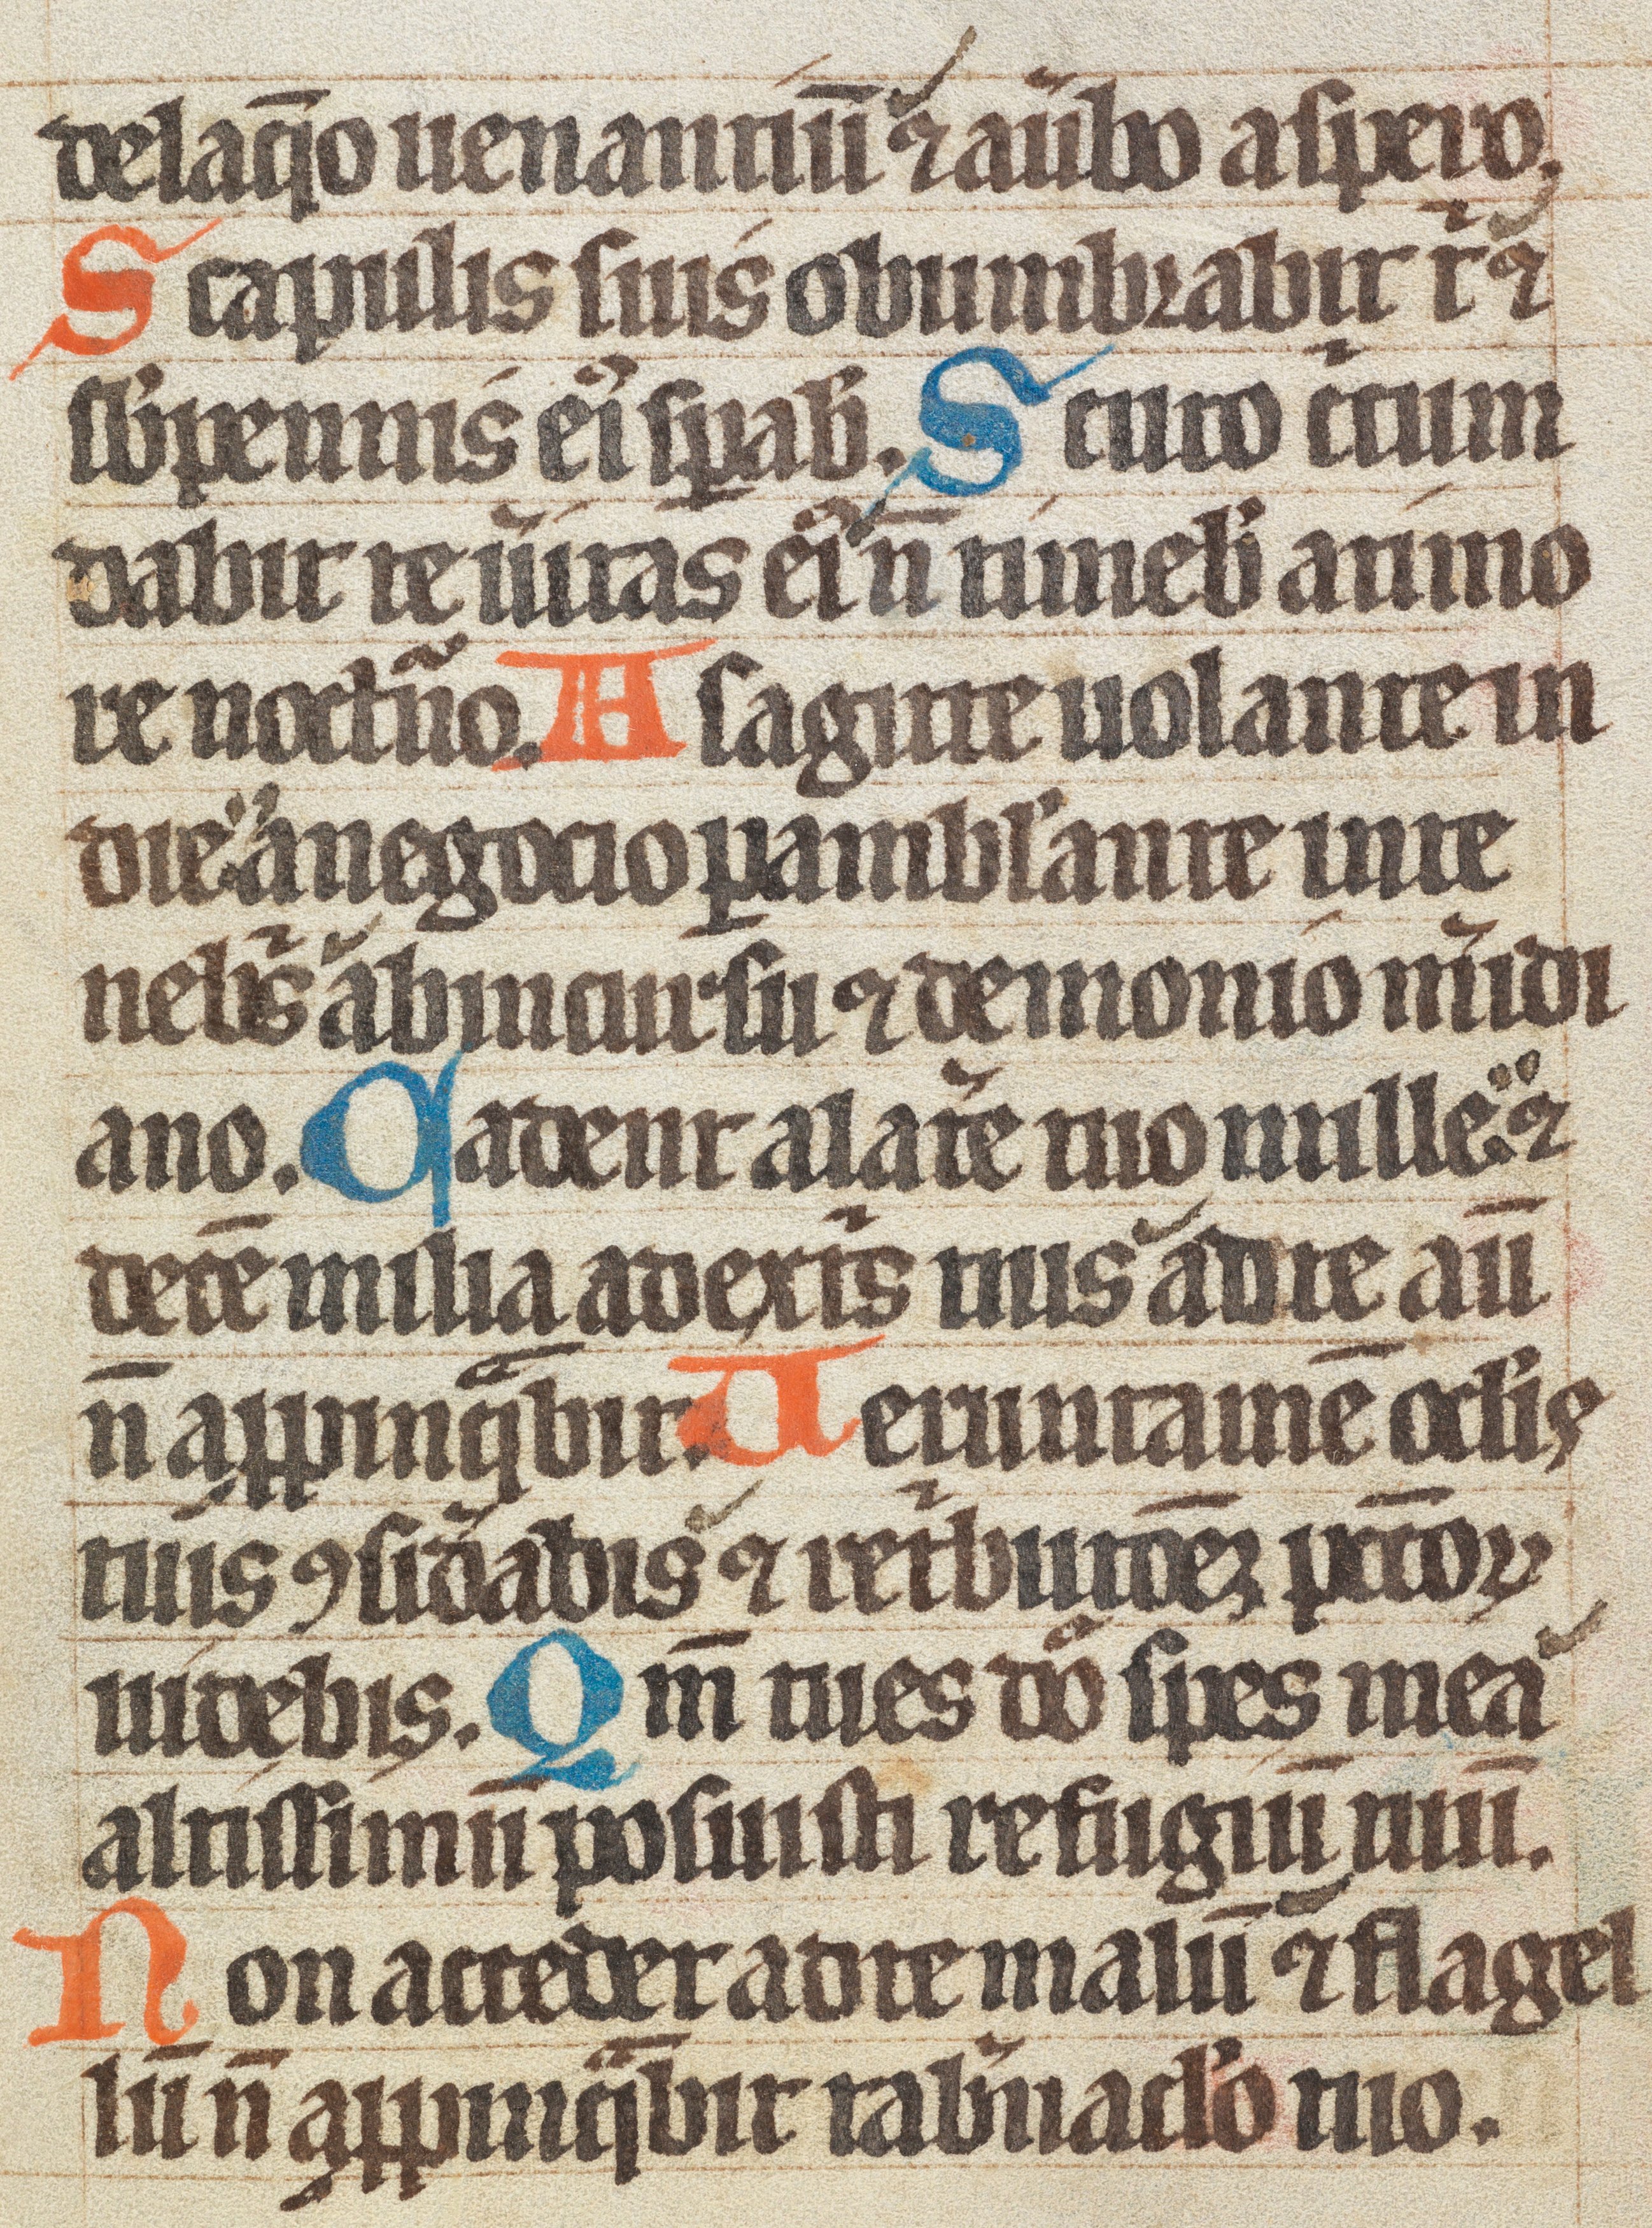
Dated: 1300–1349